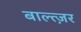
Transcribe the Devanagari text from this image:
बाल्त्ज़र